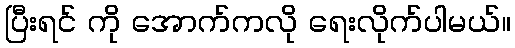
ပြီးရင် ကို အောက်ကလို ရေးလိုက်ပါမယ်။